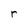
Character: r